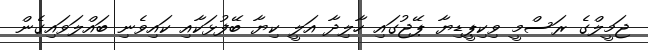
ޖަމީލްގެ ރަސްމީ ވިކިޕީޑިޔާ ޕޭޖުގައި ހާލިދާ އަލީ ކިޔާ ބޭފުޅަކާއި ކައިވެނި ބައްލަވައިގެން